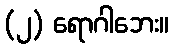
(၂) ရောဂါဘေး။